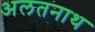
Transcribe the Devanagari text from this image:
अलतनाथ